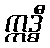
ဣဒ္ဓီ